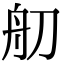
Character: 舠